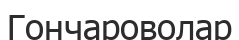
Гончароволар